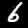
Digit: 6